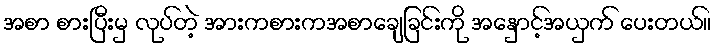
အစာ စားပြီးမှ လုပ်တဲ့ အားကစားကအစာချေခြင်းကို အနှောင့်အယှက် ပေးတယ်။